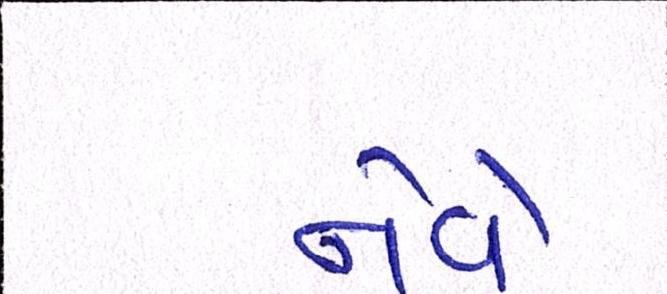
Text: નેવે